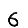
Digit: 6